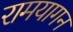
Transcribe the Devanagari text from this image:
रामयागन